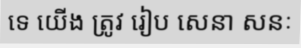
ទេ យើង ត្រូវ រៀប សេនា សនៈ